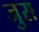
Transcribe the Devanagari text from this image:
जुस